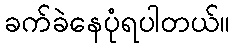
ခက်ခဲနေပုံရပါတယ်။